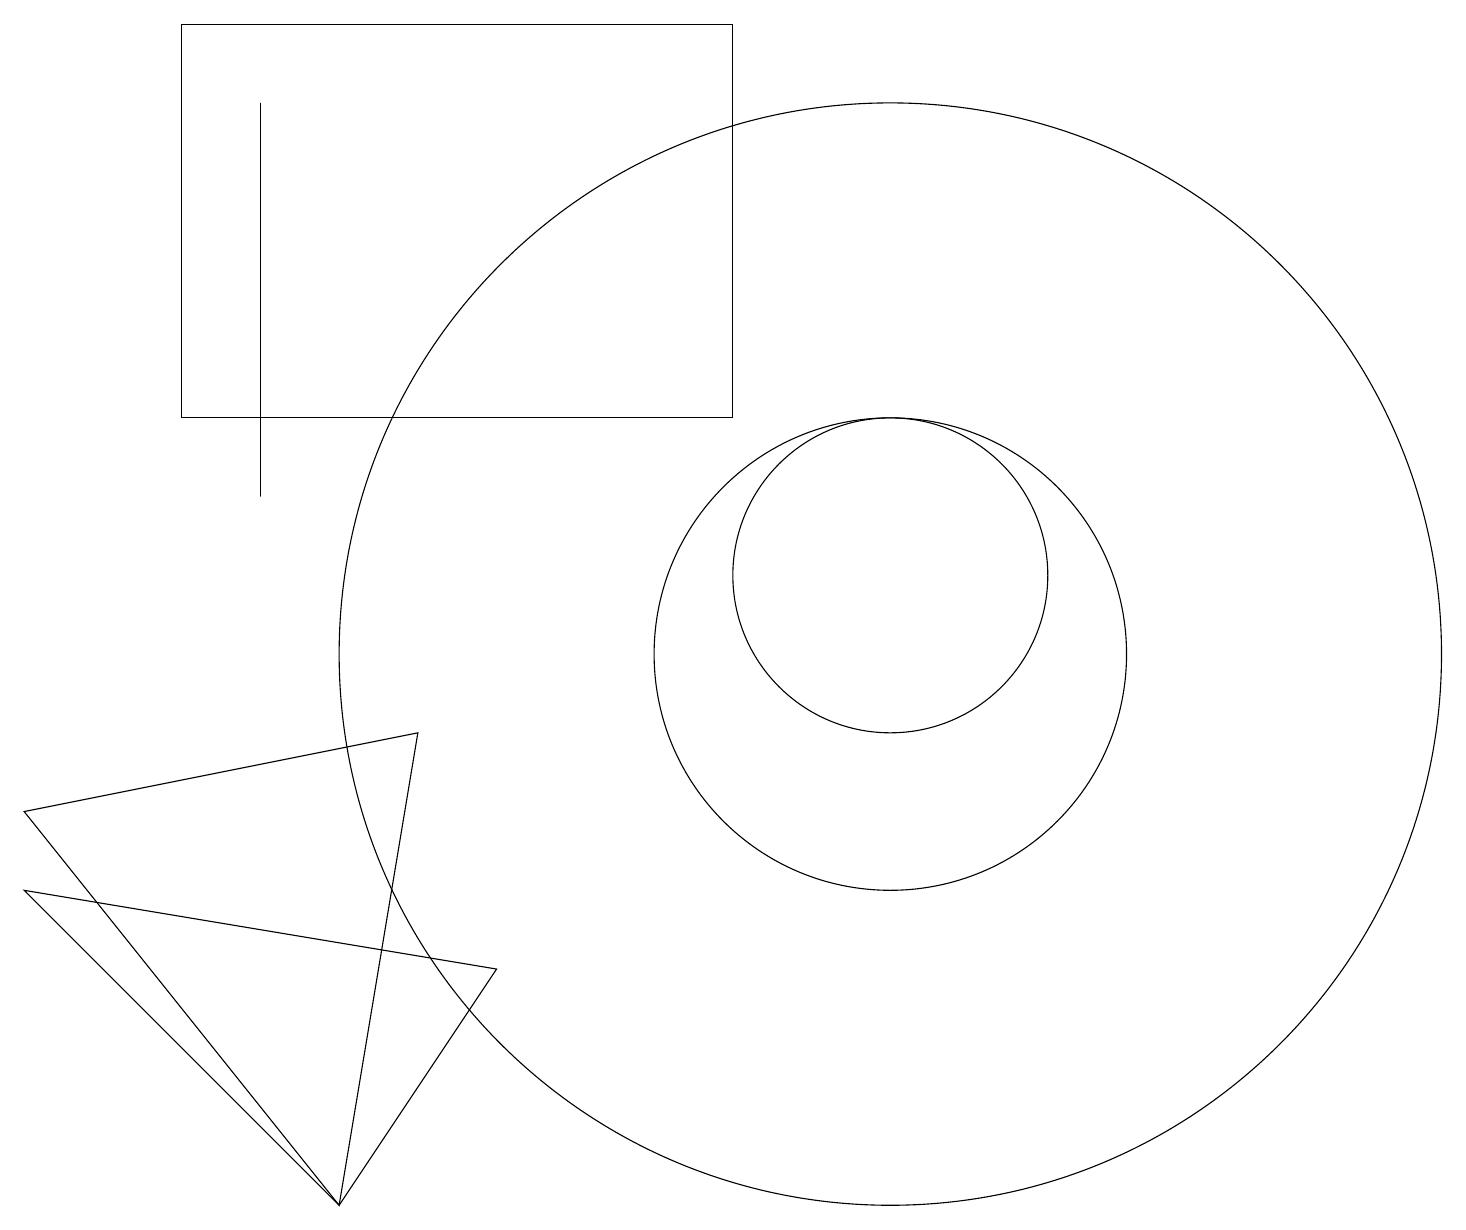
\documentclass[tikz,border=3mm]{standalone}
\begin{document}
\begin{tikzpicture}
\draw (5,9) -- (0,8) -- (4,3) -- cycle;
\draw (11,10) circle (7);
\draw (11,10) circle (3);
\draw (9,18) rectangle (2,13);
\draw (0,7) -- (4,3) -- (6,6) -- cycle;
\draw (3,12) rectangle (3,17);
\draw (11,11) circle (2);
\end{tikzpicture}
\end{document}